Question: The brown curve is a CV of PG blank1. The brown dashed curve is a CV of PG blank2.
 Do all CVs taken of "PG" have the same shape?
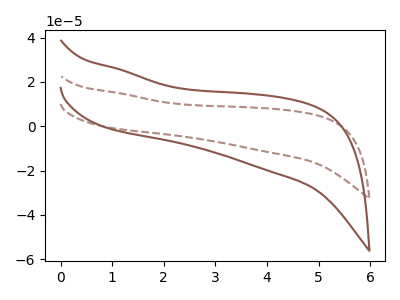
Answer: <think>The brown curve "PG blank1" has no peaks. The brown dashed curve "PG blank2" has no peaks.
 Neither "PG blank1" or "PG blank2" have any peaks.</think>
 <answer>All the CV's of "PG" have similar shape.</answer>
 <eval>follow_rule</eval>